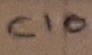
Text: C10